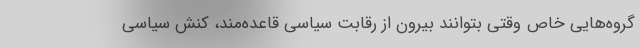
گروه‌هایی خاص وقتی بتوانند بیرون از رقابت سیاسی قاعده‌مند، کنش سیاسی